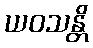
ယဝသန္တိ